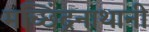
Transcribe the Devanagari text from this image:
मच्छिंद्रनाथानी